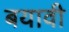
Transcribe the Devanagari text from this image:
बयावी